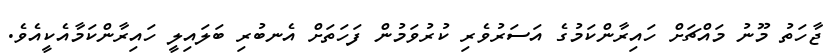
ޖާހަތު މޫނު މައްޗަށް ހައިރާންކަމުގެ އަސަރުވެރި ކުރުވަމުން ފަހަތަށް އެނބުރި ބަލައިލީ ހައިރާންކަމާއެކީއެވެ.